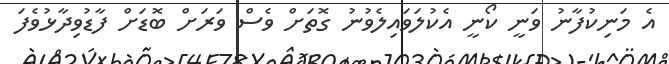
އެ މަނިކުފާނު ވަނީ ކޯނީ އެކުލަވައިލެވުނު ގޮތަށް ވެސް ވަރަށް ބޮޑަށް ފާޑުވިދާޅުވެފަ